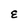
Character: E